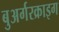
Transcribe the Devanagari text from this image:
बुअर्गरक्राइग